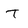
Character: T